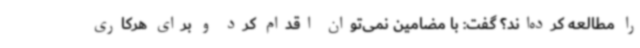
را مطالعه کرده‌اند؟ گفت: با مضامین نمی‌توان اقدام کرد و برای هرکاری